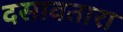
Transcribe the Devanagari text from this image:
दसावतारा